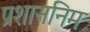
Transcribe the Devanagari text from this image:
प्रशासनिम